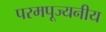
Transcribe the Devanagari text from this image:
परमपूज्‍यनीय